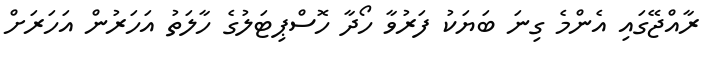
ރާއްޖޭގައި އެންމެ ގިނަ ބަޔަކު ފަރުވާ ހޯދާ ހޮސްޕިޓަލުގެ ހާލަތު އަހަރުން އަހަރަށް